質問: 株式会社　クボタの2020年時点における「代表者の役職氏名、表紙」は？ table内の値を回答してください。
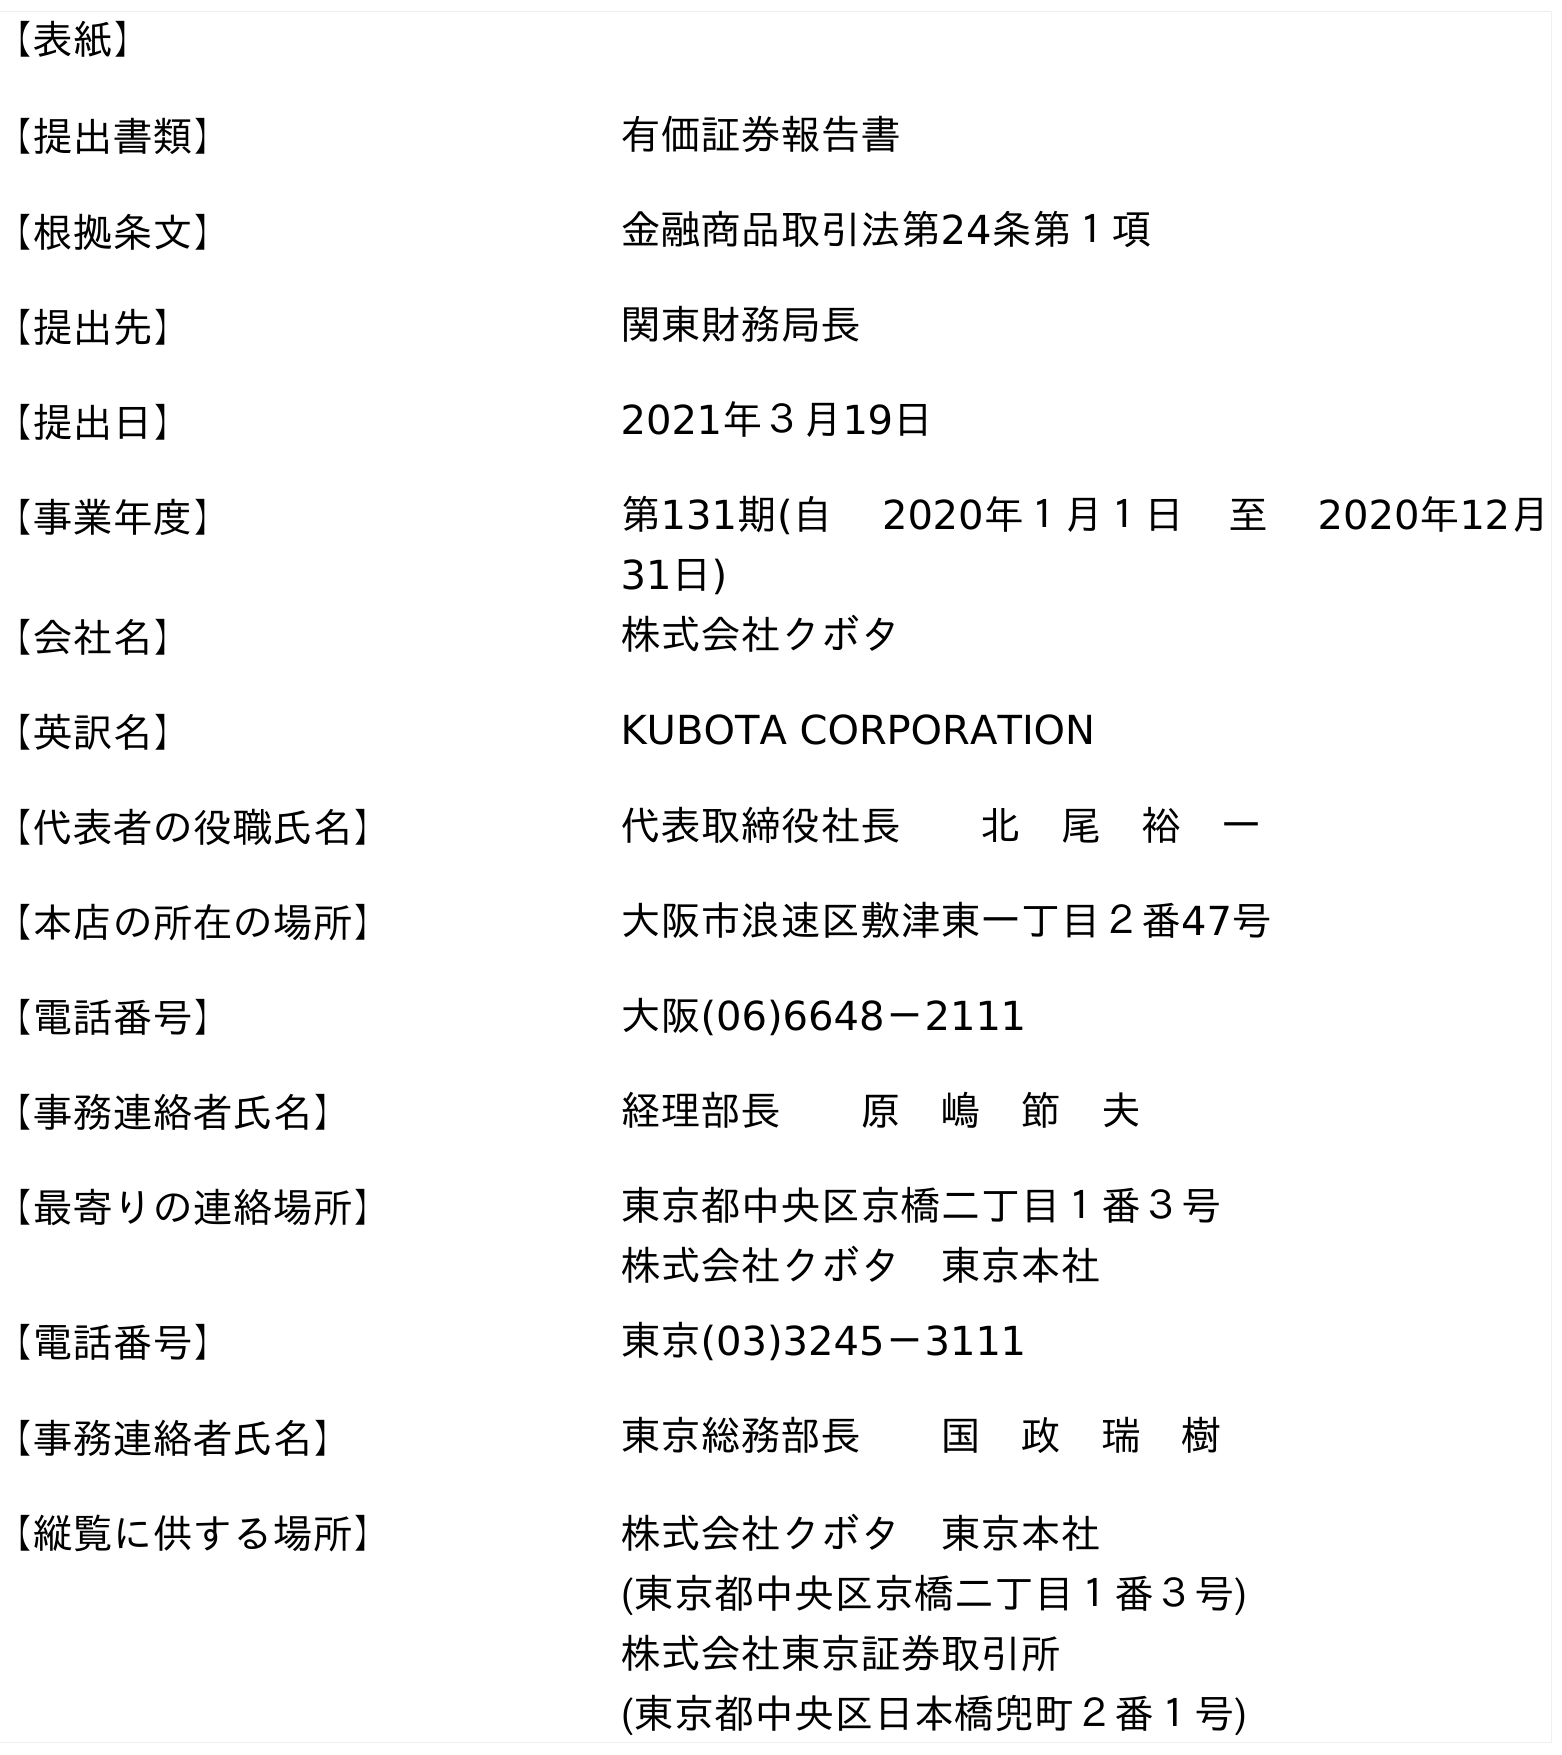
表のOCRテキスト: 【表紙】 【提出書類】 有価証券報告書 【根拠条文】 金融商品取引法第24条第１項 【提出先】 関東財務局長 【提出日】 2021年３月19日 【事業年度】 第131期(自  2020年１月１日 至  2020年12月 31日) 【会社名】 株式会社クボタ 【英訳名】 KUBOTA CORPORATION 【代表者の役職氏名】 代表取締役社長  北 尾 裕 一 【本店の所在の場所】 大阪市浪速区敷津東一丁目２番47号 【電話番号】 大阪(06)6648－2111 【事務連絡者氏名】 経理部長  原 嶋 節 夫 【最寄りの連絡場所】 東京都中央区京橋二丁目１番３号 株式会社クボタ 東京本社 【電話番号】 東京(03)3245－3111 【事務連絡者氏名】 東京総務部長  国 政 瑞 樹 【縦覧に供する場所】 株式会社クボタ 東京本社 (東京都中央区京橋二丁目１番３号) 株式会社東京証券取引所 (東京都中央区日本橋兜町２番１号)
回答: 代表取締役社長北　尾　裕　一